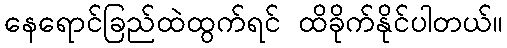
နေရောင်ခြည်ထဲထွက်ရင် ထိခိုက်နိုင်ပါတယ်။